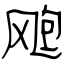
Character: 飑